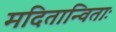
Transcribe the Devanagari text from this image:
मदितान्विताः